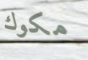
مكوك